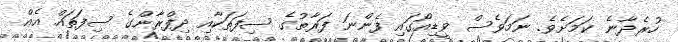
ހުރެދާނެ ކަމަށެވެ. ނަމަވެސް ވީޑިއޯގައި ފެންނަ ފަރާތުގެ ސިފަތަކާއި ދިފްރާންގެ ސިފަތައް އެއް